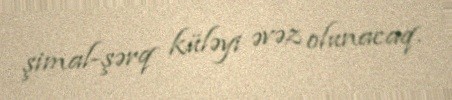
şimal-şərq küləyi əvəz olunacaq.